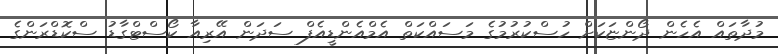
މުދާތައް އެހެން ދޯންޏަކަށް ހުސްކުރުމުގެ މަސައްކަތް އެމްއެންޑީއެފް ސަދަން އޭރިއާ ކޯސްޓްގާޑު ސްކޮޑްރަންގެ